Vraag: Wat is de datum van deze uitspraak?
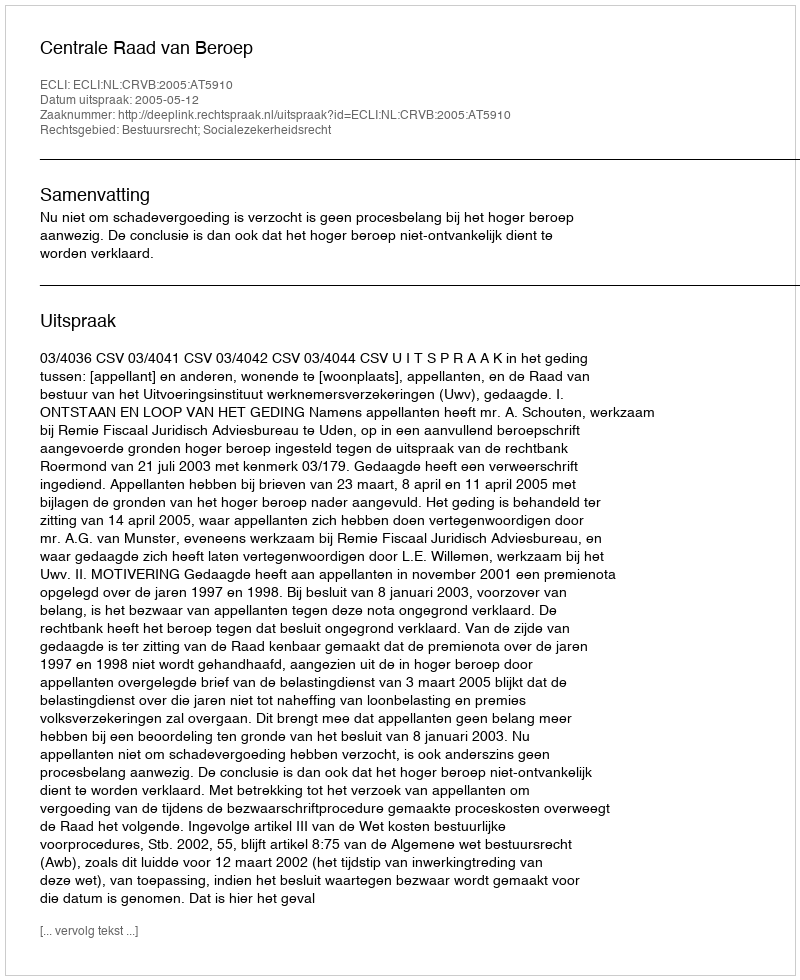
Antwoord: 2005-05-12